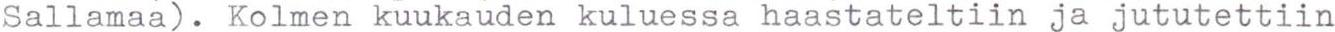
Sallamaa). Kolmen kuukauden kuluessa haastateltiin ja jututettiin